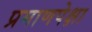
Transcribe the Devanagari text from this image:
प्रमाणपेक्षा